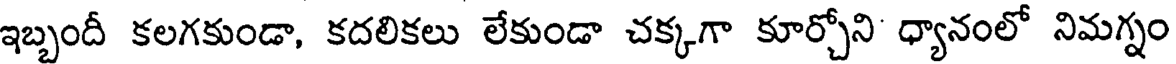
ఇబ్బందీ కలగకుండా, కదలికలు లేకుండా చక్కగా కూర్చోని ధ్యానంలో నిమగ్నం